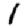
Digit: 1